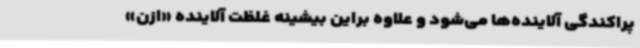
پراکندگی آلاینده‌ها می‌شود و علاوه‌ براین بیشینه غلظت آلاینده «ازن»